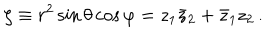
\zeta \equiv r ^ { 2 } \sin \theta \cos \varphi = z _ { 1 } \bar { z } _ { 2 } + \bar { z } _ { 1 } z _ { 2 } \, .